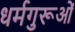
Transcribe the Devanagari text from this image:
धर्मगुरूओं